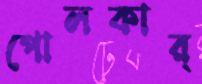
পোলকার্